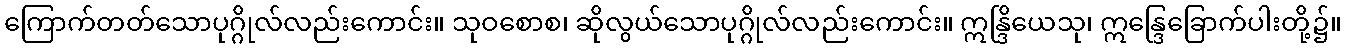
ကြောက်တတ်သောပုဂ္ဂိုလ်လည်းကောင်း။ သုဝစောစ၊ ဆိုလွယ်သောပုဂ္ဂိုလ်လည်းကောင်း။ ဣန္ဒြိယေသု၊ ဣန္ဒြေခြောက်ပါးတို့၌။